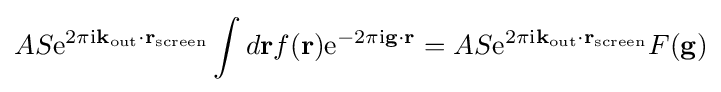
AS\mathrm {e} ^{2\pi \mathrm {i} \mathbf {k} _{\text{out}}\cdot \mathbf {r} _{\text{screen}}}\int d\mathbf {r} f(\mathbf {r} )\mathrm {e} ^{-2\pi \mathrm {i} \mathbf {g} \cdot \mathbf {r} }=AS\mathrm {e} ^{2\pi \mathrm {i} \mathbf {k} _{\text{out}}\cdot \mathbf {r} _{\text{screen}}}F(\mathbf {g} )